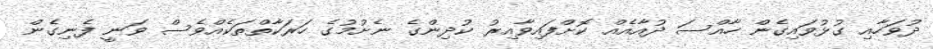
ދުވަހާއި ގުޅުވައިގެން ހާއްސަ ދުއާއެއް ކޮށްފައިވާއިރު ކުދިންގެ ނެށުމުގެ ހަރަކާތްތަކެއްވެސް ވަނީ ފެނިގެން